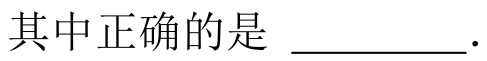
其中正确的是 \_\_\_\_\_\_\_ .